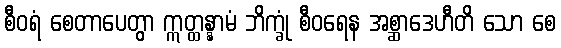
စီဝရံ စေတာပေတွာ ဣတ္ထန္နာမံ ဘိက္ခုံ စီဝရေန အစ္ဆာဒေဟီတိ သော စေ